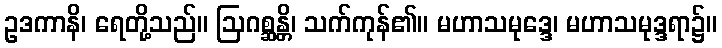
ဥဒကာနိ၊ ရေတို့သည်။ ဩဂစ္ဆန္တိ၊ သက်ကုန်၏။ မဟာသမုဒ္ဒေ၊ မဟာသမုဒ္ဒရာ၌။